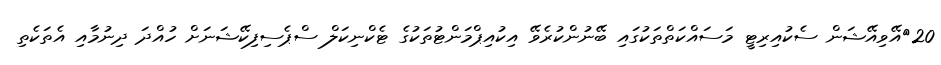
20	އޭވިއޭޝަން ސެކުއިރިޓީ މަސައްކަތްތަކުގައި ބޭނުންކުރެވޭ އިކުއިޕްމަންޓުތަކުގެ ޓެކްނިކަލް ސްޕެސިފިކޭޝަނަށް ހުއްދަ ދިނުމާއި އެތަކެތި